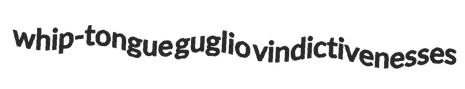
whip-tongue guglio vindictivenesses